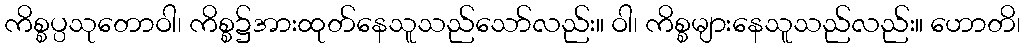
ကိစ္စပ္ပသုတောဝါ၊ ကိစ္စ၌အားထုတ်နေသူသည်သော်လည်း။ ဝါ၊ ကိစ္စများနေသူသည်လည်း။ ဟောတိ၊